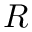
R